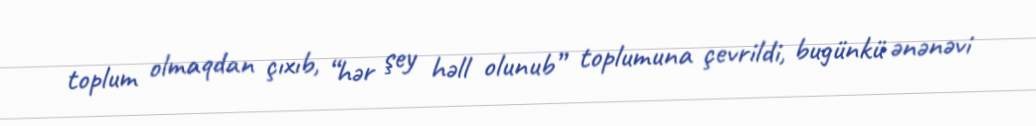
toplum olmaqdan çıxıb, “hər şey həll olunub” toplumuna çevrildi, bugünkü ənənəvi